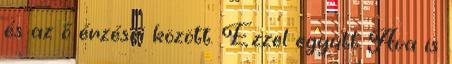
és az ő érzései között. Ezzel együtt Ava is